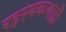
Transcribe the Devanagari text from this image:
रहस्यकथाही